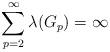
LaTeX: \begin{align*} \sum_{p = 2}^\infty \lambda(G_p) = \infty\end{align*}